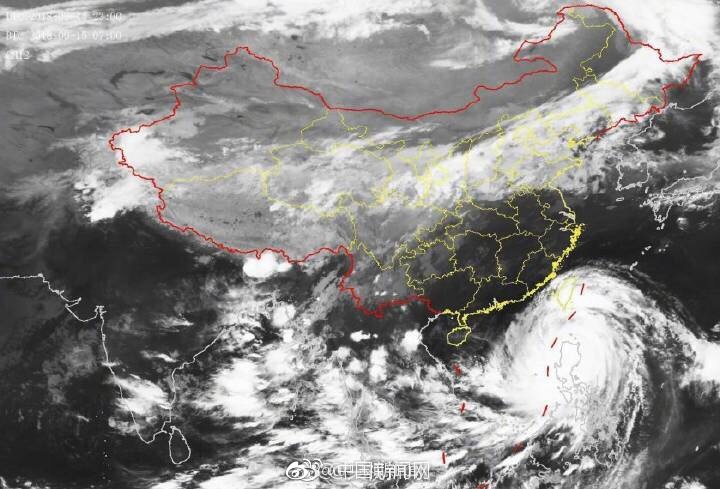
蜀魂飞绕百鸟臣，夜半一声山竹裂。